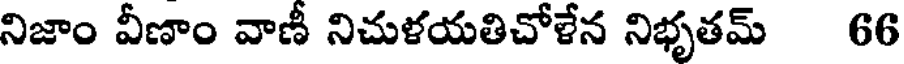
నిజాం వీణాం వాణీ నిచుళయతిచోళేన నిభృతమ్ 66